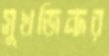
সুখজিন্দর